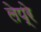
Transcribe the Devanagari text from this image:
लेप्रे